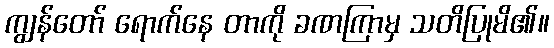
ကျွန်တော် ရောက်နေ တာကို ခဏကြာမှ သတိပြုမိ၏။